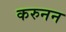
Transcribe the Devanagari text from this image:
करुनन